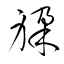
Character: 躱